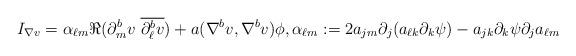
LaTeX: \begin{align*} I_{\nabla v}= \alpha_{\ell m} \Re(\partial^{b}_{m}v\ \overline{\partial^{b}_{\ell}v}) +a(\nabla^{b}v,\nabla^{b}v)\phi, \alpha_{\ell m}:= 2a_{jm}\partial_{j}(a_{\ell k} \partial_{k}\psi) -a_{jk}\partial_{k}\psi \partial_{j}a_{\ell m} \end{align*}